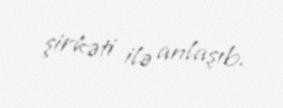
şirkəti ilə anlaşıb.